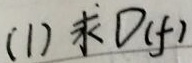
(1) 求 \(D(f)\)